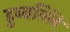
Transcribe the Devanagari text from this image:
हुब्बल्लि